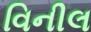
વિનીલ